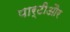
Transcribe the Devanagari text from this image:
पार्टीऔर